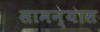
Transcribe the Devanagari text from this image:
सामन्यास